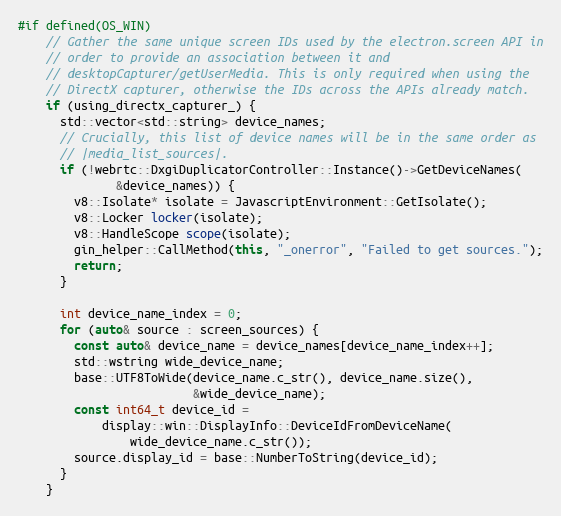
Language: C++
#if defined(OS_WIN)
    // Gather the same unique screen IDs used by the electron.screen API in
    // order to provide an association between it and
    // desktopCapturer/getUserMedia. This is only required when using the
    // DirectX capturer, otherwise the IDs across the APIs already match.
    if (using_directx_capturer_) {
      std::vector<std::string> device_names;
      // Crucially, this list of device names will be in the same order as
      // |media_list_sources|.
      if (!webrtc::DxgiDuplicatorController::Instance()->GetDeviceNames(
              &device_names)) {
        v8::Isolate* isolate = JavascriptEnvironment::GetIsolate();
        v8::Locker locker(isolate);
        v8::HandleScope scope(isolate);
        gin_helper::CallMethod(this, "_onerror", "Failed to get sources.");
        return;
      }

      int device_name_index = 0;
      for (auto& source : screen_sources) {
        const auto& device_name = device_names[device_name_index++];
        std::wstring wide_device_name;
        base::UTF8ToWide(device_name.c_str(), device_name.size(),
                         &wide_device_name);
        const int64_t device_id =
            display::win::DisplayInfo::DeviceIdFromDeviceName(
                wide_device_name.c_str());
        source.display_id = base::NumberToString(device_id);
      }
    }